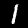
Label: 1